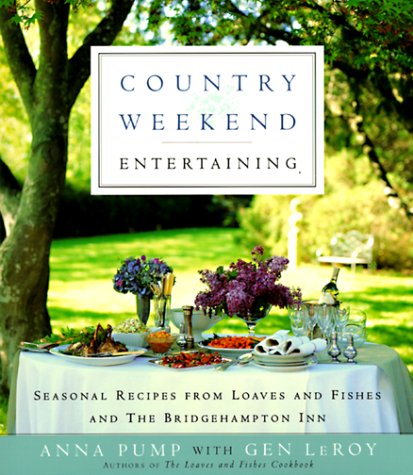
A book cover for Country Weekend Entertaining: Seasonal recipes from loaves and fishes and the Bridgehampton Inn; Anna Pump; Cookbooks, Food & Wine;